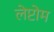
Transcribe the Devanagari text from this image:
लेप्टोम